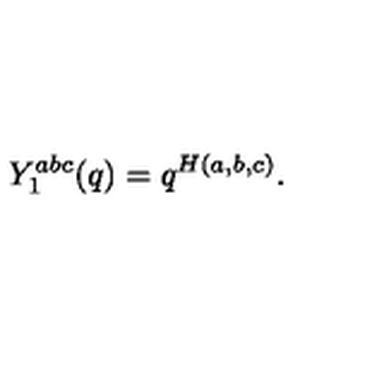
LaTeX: Y _ { 1 } ^ { a b c } ( q ) = q ^ { H ( a , b , c ) } .